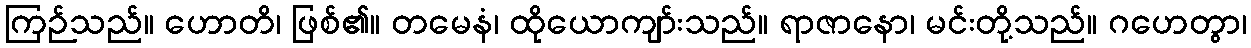
ကြဉ်သည်။ ဟောတိ၊ ဖြစ်၏။ တမေနံ၊ ထိုယောကျာ်းသည်။ ရာဇာနော၊ မင်းတို့သည်။ ဂဟေတွာ၊